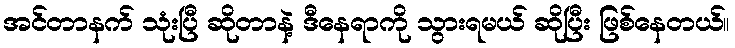
အင်တာနက် သုံးပြီ ဆိုတာနဲ့ ဒီနေရာကို သွားရမယ် ဆိုပြီး ဖြစ်နေတယ်။